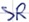
Text: SR